Vital statistics of India. Vol. IV, Annual returns from 1871 to 1876. British Army of India, Native Army and jails of Bengal
Year: 1871
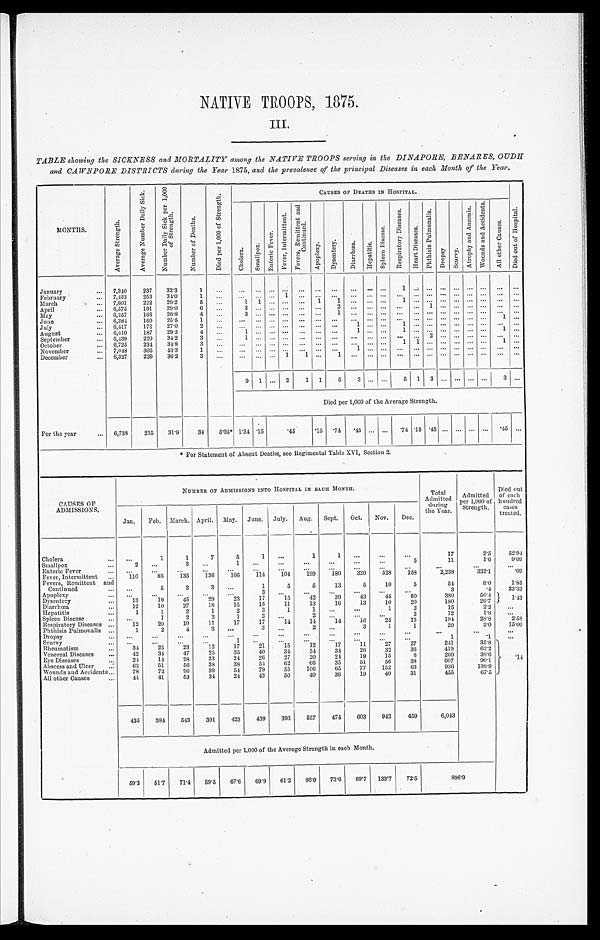
NATIVE TROOPS, 1875.
III.
TABLE showing the SICKNESS and MORTALITY among the NATIVE TROOPS serving in the DINAPORE, BENARES, OUDH
and CAWNPORE DISTRICTS during the Year 1875, and the prevalence of the principal Diseases in each Month of the Year.
MONTHS.
A v e r a g e S t r e n g h .
A v e r a g e N u m b e r D a i l y S i c k .
N u m b e r D a i l y S i c k p e r 1 , 0 0 0 o f S t r e n g h .
N u m v b e r o f D e a t h s .
D i e d p e r 1 , 0 0 0 o f S t r e n g h .
CAUSES OF DEATHS IN HOSPITAL.
C h o l e r a . S m a l l p o x .
E n t e r i c F e v e r .
F e v e r , I n t e r m i t t e d . F e v e r s , R e m i t t e n t a n d C o n t u n u e d .
A p o p l e x y . D y s e b t e r y . D i a r r h o e a . He p a t i t i s .
S p l e e n D I s e a s e .
R e s p i r a t o r y D i s e a s e s .
H e a r t D I S E A S E S .
p h t h i s i s P u l m o n a l i s .
Dr o p s y . S c u r v y .
A t r o p h y a n d A C C I I D E N T S . w o u n d s a n d A c c i d e n t s . A l l l o t h e r C a u s e s . D i e d o u t o f h o s p i t a l .
January
... 7,340 237 32.3
1 ... ... ... ... ... ... ... ... ... ... ...
1 ... ... ... ... ... ... ... ...
February
... 7,432 253 34.0
1...
... . . . ... 1 ... ... ... ... ... ... ... ... ... ... ... ... ... ... ...
March
. ... 7,601 222 29.2
5 ...
1 1 ... ... ...
1 1 ... ... ... 1 ... ... ... ... ... ... ... . 0 . . . .
April
... 6,575 191 29.0
6 ...
3 ... ... ... ... ... 2 ... ... ... ... 1 ... ... ... ... ... ... ...
May
... 6,257 168 26.8
4 ... 3 ... ... ... ... ... 1 ... ... ... ... ... ... ... ... ... ... ... ...
June
... 6,284 160 25.5
1 ... ... ... ... ... ... ... ... ... ... ... ... ... ... ... ... ... ... 1 ...
July
... 6,417 173 27.0 2 ...
... ... ....... ... ... ... ...
1 ... ... 1 ... ... ... ... ... ... 1 ...
August
... 6,410 187 29.2
4 ...
1 ... ... ... ... ... ...
1 ... ... 1 ... ... ... ... ... .... ... ...
September
... 6,439 220 34.2
3 ...
1 ... ... ... ... ... ... ... ... ... ... ... 2 .. ... ... ... ... . . . . . ...
October
... 6,725 234 34.8
3...
... ... ... .... ... ... ... ... ... ... 1 1 ... ... ... ... ... 1 ...
November
... 7,048 305 43.3
1 ... ... ... ... ... ... ... ..
1 ... ... ... ... ... ... ... ...
December
... 6,327 229 362
3 ... ... ... ... 1 1 ... 1 ... ... ... ... ... ...
... ... ... ... ...
9 1 ... 2
1 1 5 3 ... ... 5 1 3 ... ... ... ... 3
. . .
.
Died per 1,000 of the Average Strength.
For the year
... 6,738 215 31.9 34 505* 1.34 .15
.45
.15 .74 .45 ... ... .74 .15 .45 ... ... ... ... .45 ...
* For Statement of Absent Deaths, see Regimental Table XVI, Section 2.
CAUSES OF
ADMISSIONS.
NUMBER OF ADMISSIONS INTO HOSPITAL IN EACH MONTH.
Total
Admitted during
the Year.
Admitted
per 1,000 of
Strength.
Died out
of each
hundred eases
treated.
Jan. Feb. March. April. May. June. July. Aug. Sept. Oct. Nov. Dec.
Cholera
... ...
1
1
7
5
1 ...
1
1 ...
...
...
17
2.5
52.94
Smallpox
...2
...
3 ...
1 ...
...
...
...
...
...
5
11
16
9.09
Enteric Fever
... ... ...
...
...
...
...
...
... ...
...
...
...
...
...
...
Fever, Intermittent . . . 110
88 135 136 166 114 104 199 180 320 528 158
2,238
332.1
09
Fevers, Remittent and
continued
... ...
5
2 3
...
1
5
5
13
5
10
5
54
8.0 1.85
Apoplexy
... ...
... ...
...
... 3
...
...
...
... ... ...
3
.4 3 3 . 3 3
Dysentery
...
13
19 45
29
23
17
15
42
39 43 45 50 380
56.4
1.43
Diarrhæa
...
12
10
27
18
15
15
11
13
16
13
10
20
180
267
Hepatitis
...
1
1
2
1
2
3
1 1
...
... 1
2
15
2.2
...
Spleen Disease
... ...
1
2
2
1 2
... 2
... ...
...
2
12
18 ...
Respiratory Diseases ...
12
20
19
11
17
17
14
14 14
16
25
15
194
28.8
2.58
Phthisis Pulmonalis ...
1
2
43
... 3
...
2 ...
3
1
1
20
3.0 15.00
Dropsy
......
...
...
...
...
...
...
...
...
...
...
...
...
...
...
Scurvy
... ...
...
...
. . .
1 ...
. . . . . .
. . .
. . .
...
...
1
.1 ...
Rheumatism
... 34 25
23 12
17
21
15
12
17
11
27
27
241
35.8
Venereal Diseases ...
42
34 47
25
35
40
34
34 34
26
32
36
419
62.2
Eye Disease
... 24
14
28
33
24
26
27
20
24
19
15
6
260
38.6
.14
Abscess and Ulcer
. . . '
...
62
51
56
38 38
54 62
66
35
51
56 38 607
Wounds and Accidents ...
78
72 96
39
54 79
55 106
65
77 152
63
936
138.9
All other Causes
...
44
41
53
34
24
43
50
40
36
19
40
31
455
675
435 384 543 391 423 439 393 557 474 603 942 459
6,043
Admitted per 1,000 of the A.verage Strength in each Month.
59.3 51.7 714 595 67.6 69.9 61.2 86.9 73.6 89.7 133.7 72.5
896.9